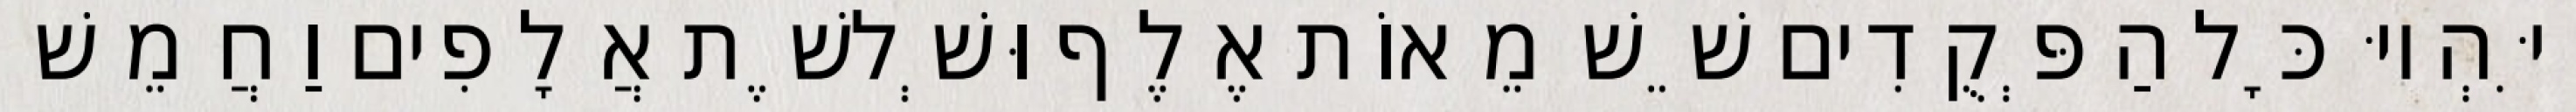
וַיִּהְיוּ כָּל הַפְּקֻדִים שֵׁשׁ מֵאוֹת אֶלֶף וּשְׁלשֶׁת אֲלָפִים וַחֲמֵשׁ